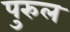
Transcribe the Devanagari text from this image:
पुरुल